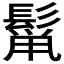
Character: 𮫋